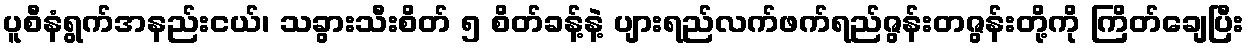
ပူစီနံရွက်အနည်းငယ်၊ သခွားသီးစိတ် ၅ စိတ်ခန့်နဲ့ ပျားရည်လက်ဖက်ရည်ဇွန်းတဇွန်းတို့ကို ကြိတ်ချေပြီး